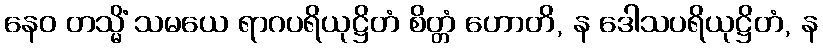
နေဝ တသ္မိံ သမယေ ရာဂပရိယုဋ္ဌိတံ စိတ္တံ ဟောတိ, န ဒေါသပရိယုဋ္ဌိတံ, န